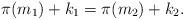
LaTeX: \begin{align*}\pi(m_1)+k_1=\pi(m_2)+k_2.\end{align*}